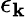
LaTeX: \mathbf{\epsilon}_{\mathbf{k}}